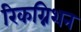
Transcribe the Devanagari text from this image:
रिकग्निशन